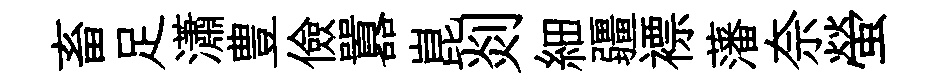
畜足瀟豊儉囂崑剡細疆褾藩奈螢